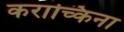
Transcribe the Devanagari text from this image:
कराच्किना